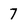
Character: 7